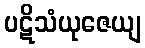
ပဋိသံယုဇေယျ